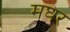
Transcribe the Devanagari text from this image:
मघर